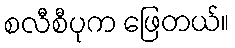
စလီစီပုက ဖြေတယ်။